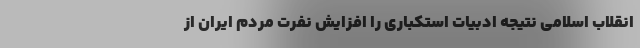
انقلاب اسلامی نتیجه ادبیات استکباری را افزایش نفرت مردم ایران از